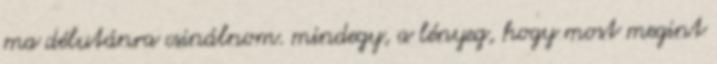
ma délutánra csinálnom. mindegy, a lényeg, hogy most megint